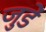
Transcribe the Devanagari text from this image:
जुडें